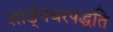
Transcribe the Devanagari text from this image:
शार्ङ्गधरपद्धति